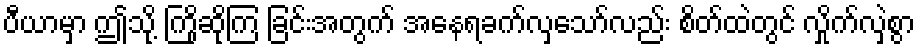
ပီယာမှာ ဤသို့ ကြိုဆိုကြ ခြင်းအတွက် အနေရခက်လှသော်လည်း စိတ်ထဲတွင် လှိုက်လှဲစွာ